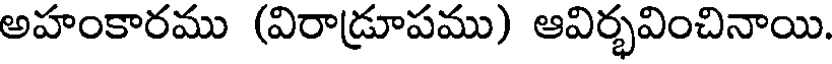
అహంకారము (విరాడ్రూపము) ఆవిర్భవించినాయి.